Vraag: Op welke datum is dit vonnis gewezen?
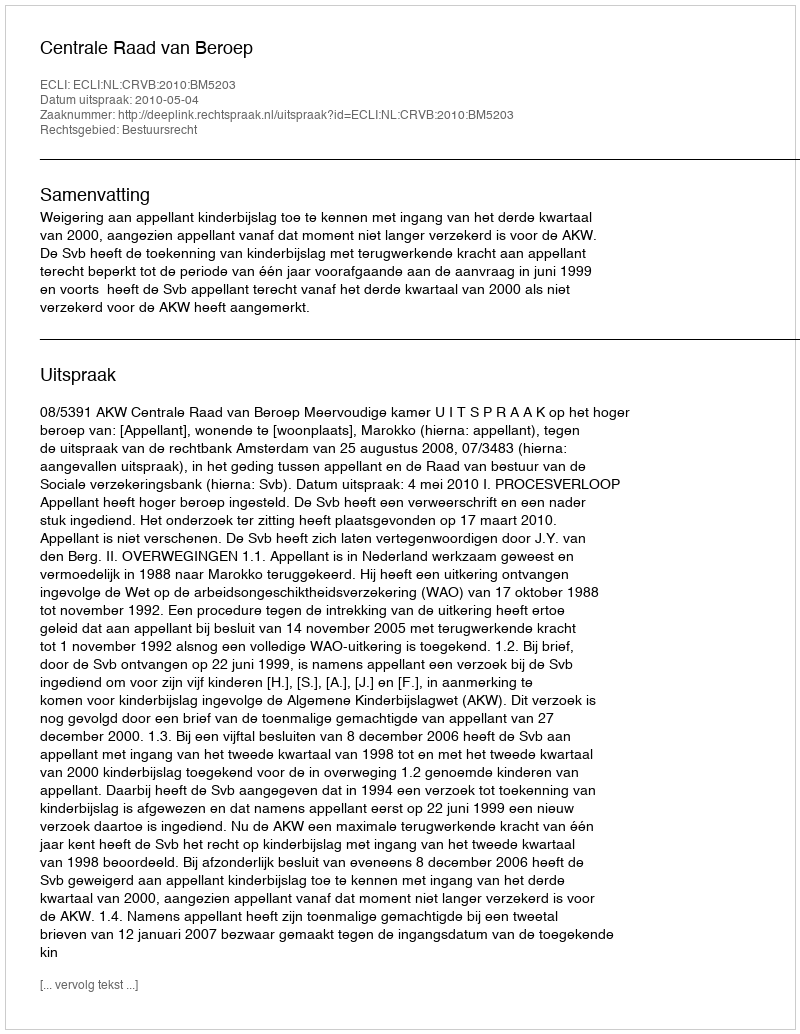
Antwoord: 2010-05-04